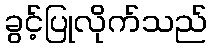
ခွင့်ပြုလိုက်သည်